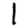
Digit: 1